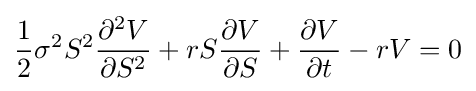
{\frac {1}{2}}\sigma ^{2}S^{2}{\frac {\partial ^{2}V}{\partial S^{2}}}+rS{\frac {\partial V}{\partial S}}+{\frac {\partial V}{\partial t}}-rV=0